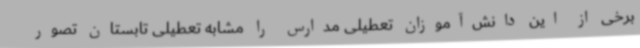
برخی از این دانش‌آموزان تعطیلی مدارس را مشابه تعطیلی تابستان تصور